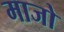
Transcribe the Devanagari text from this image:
माजो